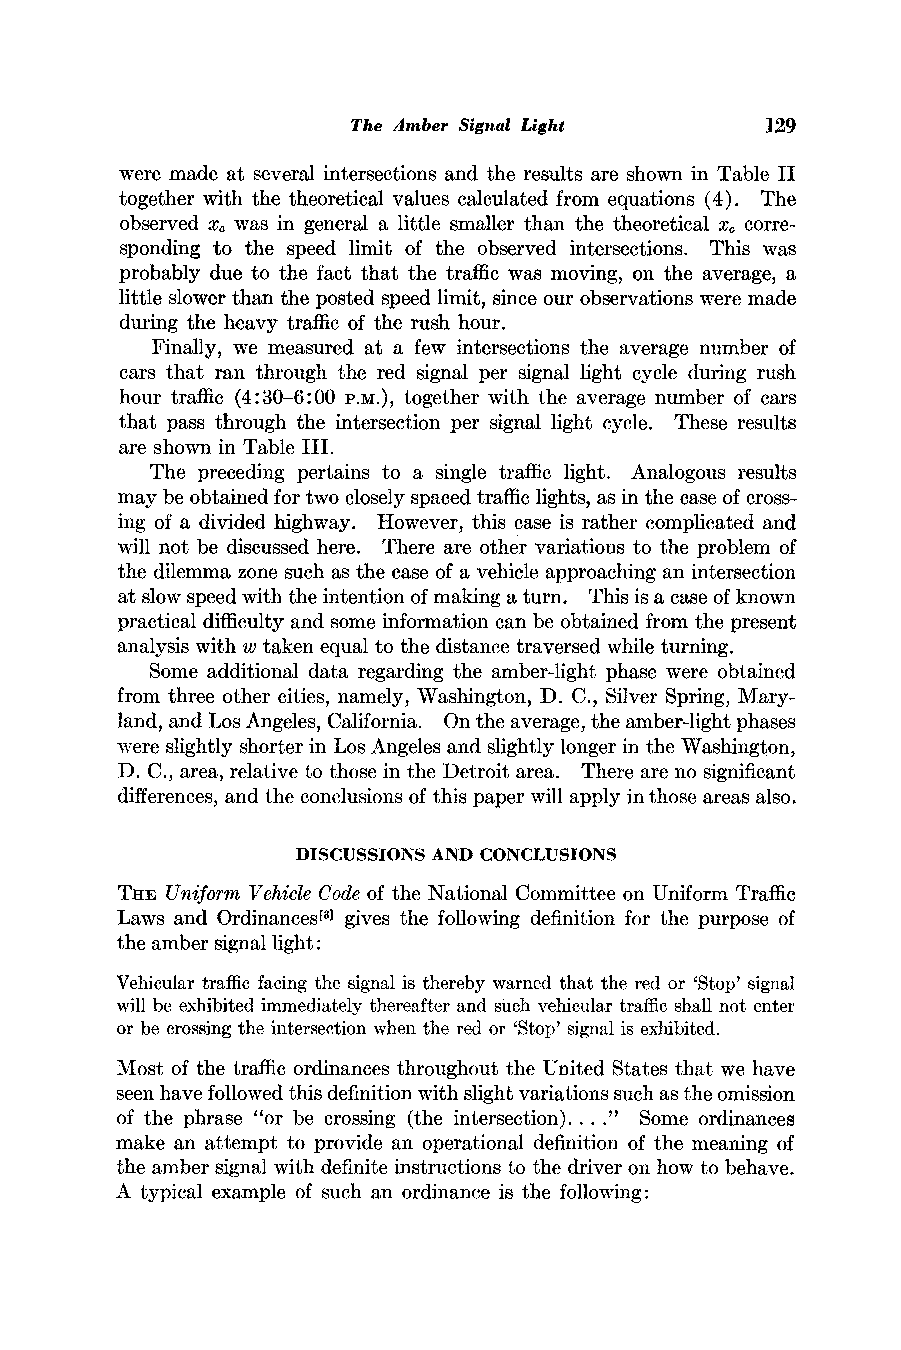
The Amber Signal Light      129
 were made at several intersections and the results are shown in Table II
 together with the theoretical values calculated from equations (4). The
 observed x0 was in general a little smaller than the theoretical xc corre-
 sponding to the speed limit of the observed intersections. This was
 probably due to the fact that the traffic was moving, on the average, a
 little slower than the posted speed limit, since our observations were made
 during the heavy traffic of the rush hour.
 Finally, we measured at a few intersections the average number of
 cars that ran through the red signal per signal light cycle during rush
 hour traffic (4:30-6:00 P.M.), together with the average number of cars
 that pass through the intersection per signal light cycle. These results
 are shown in Table III.
 The preceding pertains to a single traffic light. Analogous results
 may be obtained for two closely spaced traffic lights, as in the case of cross-
 ing of a divided highway. However, this case is rather complicated and
 will not be discussed here. There are other variations to the problem of
 the dilemma zone such as the case of a vehicle approaching an intersection
 at slow speed with the intention of making a turn. This is a case of known
 practical difficulty and some information can be obtained from the present
 analysis with w taken equal to the distance traversed while turning.
 Some additional data regarding the amber-light phase were obtained
 from three other cities, namely, Washington, D. C., Silver Spring, Mary-
 land, and Los Angeles, California. On the average, the amber-light phases
 were slightly shorter in Los Angeles and slightly longer in the Washington,
 D. C., area, relative to those in the Detroit area. There are no significant
 differences, and the conclusions of this paper will apply in those areas also.
 DISCUSSIONS AND CONCLUSIONS
 THE Uniform Vehicle Code of the National Committee on Uniform Traffic
 Laws and OrdinancesM3g]i ves the following definition for the purpose of
 the amber signal light:
 Vehiculart raffic facing the signal is thereby warnedt hat the red or 'Stop' signal
 will be exhibitedi mmediatelyt hereaftera nd such vehiculart raffics hall not enter
 or be crossingt he intersectionw hen the red or 'Stop' signal is exhibited.
 Most of the traffic ordinances throughout the United States that we have
 seen have followed this definition with slight variations such as the omission
 of the phrase "or be crossing (the intersection). . . ." Some ordinances
 make an attempt to provide an operational definition of the meaning of
 the amber signal with definite instructions to the driver on how to behave.
 A typical example of such an ordinance is the following: